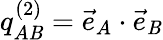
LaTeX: q_{A\mathit{B}}^{(2)}={\vec{{e}}}_{A}\cdot{\vec{{e}}}_{\mathit{B}}